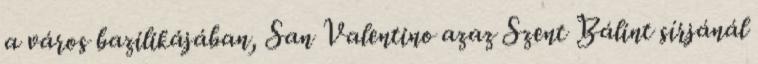
a város bazilikájában, San Valentino azaz Szent Bálint sírjánál